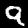
Label: 9